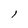
Character: l